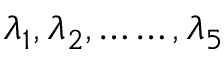
\lambda _ { 1 } , \lambda _ { 2 } , \ldots \ldots , \lambda _ { 5 }